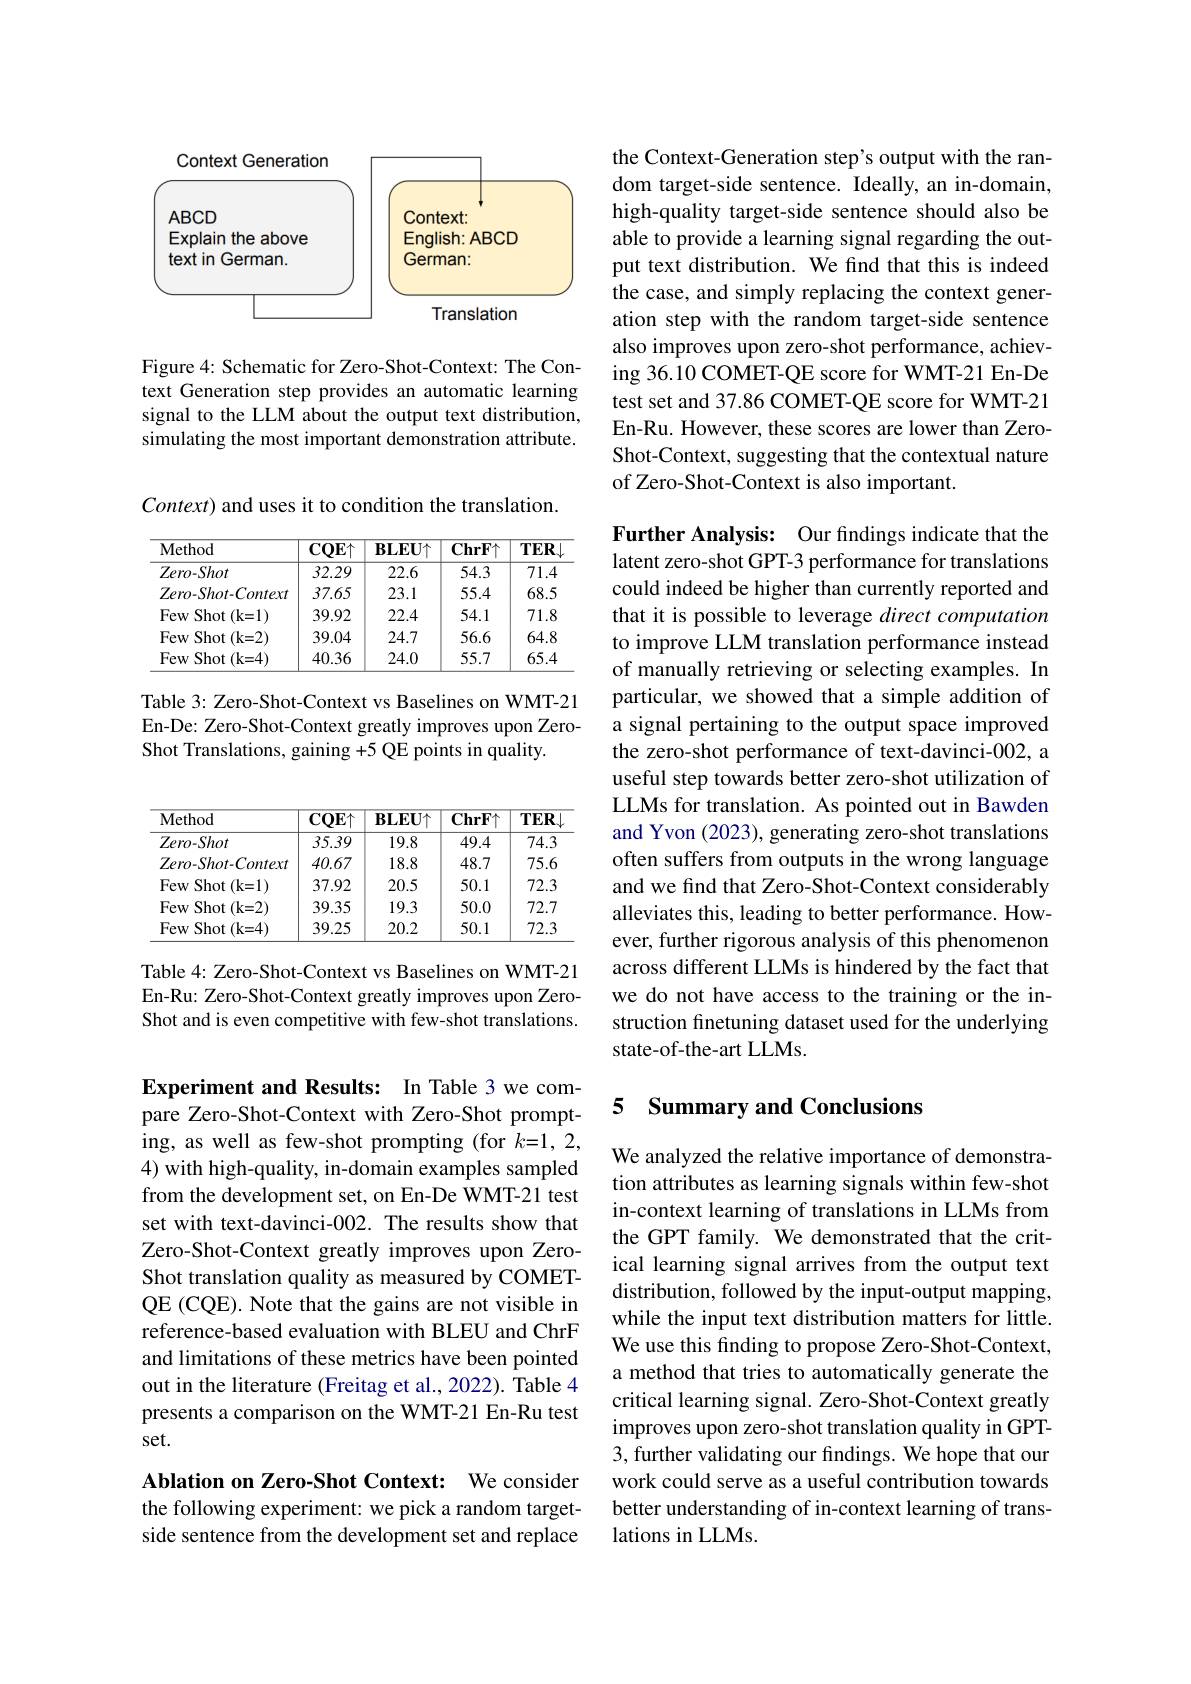
<FigureHere>

Figure 4: Schematic for Zero-Shot-Context: The Context Generation step provides an automatic learning signal to the LLM about the output text distribution, simulating the most important demonstration attribute.

Context) and uses it to condition the translation.

<table>
	<tbody>
		<tr>
			<th>Method</th>
			<th>$\overline{\mathbf{CQE}\uparrow}$</th>
			<th>$\mathbf{BLEU\uparrow}$</th>
			<th>$\mathbf{ChrF}\uparrow$</th>
			<th>$TER$ 1</th>
		</tr>
		<tr>
			<td>$Zero-Shot$</td>
			<td>32.29</td>
			<td>22.6</td>
			<td>54.3</td>
			<td>71.4</td>
		</tr>
		<tr>
			<td>$Zero-Shot-Context$</td>
			<td>37.65</td>
			<td>23.1</td>
			<td>55.4</td>
			<td>68.5</td>
		</tr>
		<tr>
			<td>FewS Shot $t(k=1)$</td>
			<td>39.92</td>
			<td>22.4</td>
			<td>54.1</td>
			<td>71.8</td>
		</tr>
		<tr>
			<td>FewS Shot $t(k=2)$</td>
			<td>39.04</td>
			<td>24.7</td>
			<td>56.6</td>
			<td>64.8</td>
		</tr>
		<tr>
			<td>FewS Shot (k= 4)</td>
			<td>40.36</td>
			<td>24.0</td>
			<td>55.7</td>
			<td>65.4</td>
		</tr>
	</tbody>
</table>

Table 3: Zero-Shot-Context vs Baselines on WMT-21 En-De: Zero-Shot-Context greatly improves upon ZeroShot Translations, gaining +5 QE points in quality.

<table>
	<tbody>
		<tr>
			<th>Method</th>
			<th>$\overline{\mathbf{CQE}\uparrow}$</th>
			<th>$\mathbf{BLEU}\uparrow$</th>
			<th>$\mathbf{ChrF}\uparrow$</th>
			<th>$TER$ 1</th>
		</tr>
		<tr>
			<td>$Zero-Shot$</td>
			<td>35.39</td>
			<td>19.8</td>
			<td>49.4</td>
			<td>74.3</td>
		</tr>
		<tr>
			<td>$Zero-Shot-Context$</td>
			<td>40.67</td>
			<td>18.8</td>
			<td>48.7</td>
			<td>75.6</td>
		</tr>
		<tr>
			<td>FewS Shot $t(k=1)$</td>
			<td>37.92</td>
			<td>20.5</td>
			<td>50.1</td>
			<td>72.3</td>
		</tr>
		<tr>
			<td>FewS Shot $\mathbf{t}\left(\mathbf{k=2}\right)$</td>
			<td>39.35</td>
			<td>19.3</td>
			<td>50.0</td>
			<td>72.7</td>
		</tr>
		<tr>
			<td>FewS Shot (k= 4)</td>
			<td>39.25</td>
			<td>20.2</td>
			<td>50.1</td>
			<td>72.3</td>
		</tr>
	</tbody>
</table>

Table 4: Zero-Shot-Context vs Baselines on WMT-21 En-Ru: Zero-Shot-Context greatly improves upon ZeroShot and is even competitive with few-shot translations.

the Context-Generation step's output with the random target-side sentence. Ideally, an in-domain, high-quality target-side sentence should also be able to provide a learning signal regarding the output text distribution. We find that this is indeed the case, and simply replacing the context generation step with the random target-side sentence also improves upon zero-shot performance, achieving 36.10 COMET-QE score for WMT-21 En-De test set and 37.86 COMET-QE score for WMT-21 En-Ru. However, these scores are lower than ZeroShot-Context, suggesting that the contextual nature of Zero-Shot-Context is also important.

Further Analysis: Our findings indicate that the latent zero-shot GPT-3 performance for translations could indeed be higher than currently reported and that it is possible to leverage direct computation to improve LLM translation performance instead of manually retrieving or selecting examples. In particular, we showed that a simple addition of a signal pertaining to the output space improved the zero-shot performance of text-davinci-002, a useful step towards better zero-shot utilization of LLMs for translation. As pointed out in Bawden and Yvon (2023), generating zero-shot translations often suffers from outputs in the wrong language and we find that Zero-Shot-Context considerably alleviates this, leading to better performance. However, further rigorous analysis of this phenomenon across different LLMs is hindered by the fact that we do not have access to the training or the instruction finetuning dataset used for the underlying state-of-the-art LLMs.

### 5 Summary and Conclusions

We analyzed the relative importance of demonstration attributes as learning signals within few-shot in-context learning of translations in LLMs from the GPT family. We demonstrated that the critical learning signal arrives from the output text distribution, followed by the input-output mapping, while the input text distribution matters for little. We use this finding to propose Zero-Shot-Context, a method that tries to automatically generate the critical learning signal. Zero-Shot-Context greatly improves upon zero-shot translation quality in GPT- 3, further validating our findings. We hope that our work could serve as a useful contribution towards better understanding of in-context learning of translations in LLMs.

Experiment and Results: In Table 3 we compare Zero-Shot-Context with Zero-Shot prompting, as well as few-shot prompting (for $k=1,2$, 4) with high-quality, in-domain examples sampled from the development set, on En-De WMT-21 test set with text-davinci-002. The results show that Zero-Shot-Context greatly improves upon ZeroShot translation quality as measured by COMETQE (CQE). Note that the gains are not visible in reference-based evaluation with BLEU and ChrF and limitations of these metrics have been pointed out in the literature (Freitag et al., 2022). Table 4 presents a comparison on the WMT-21 En-Ru test set.

Ablation on Zero-Shot Context: We consider the following experiment: we pick a random target-

side sentence from the development set and replace